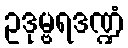
ဥဒုမ္ဗရဒဏ္ဍံ